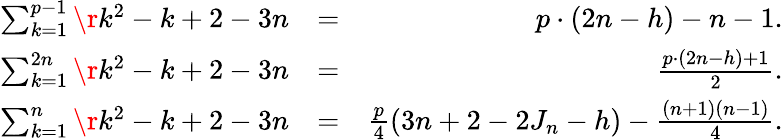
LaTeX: \begin{array}{rlr}{\sum_{k=1}^{p-1}\r{k^{2}-k+2-3n}}&{=}&{p\cdot\left(2n-h\right)-n-1.}\\ {\sum_{k=1}^{2n}\r{k^{2}-k+2-3n}}&{=}&{\frac{p\cdot(2n-h)+1}{2}.}\\ {\sum_{k=1}^{n}\r{k^{2}-k+2-3n}}&{=}&{\frac{p}{4}(3n+2-2J_{n}-h)-\frac{(n+1)(n-1)}{4}.}\end{array}